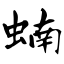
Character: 蝻